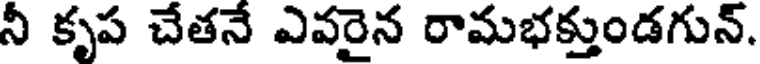
నీ కృప చేతనే ఎవరైన రామభక్తుండగున్.